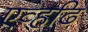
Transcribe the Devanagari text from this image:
एव्हढि